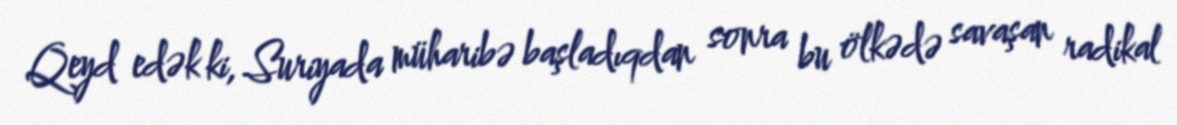
Qeyd edək ki, Suriyada müharibə başladıqdan sonra bu ölkədə savaşan radikal